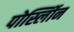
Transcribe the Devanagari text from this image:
पोर्स्लोिन